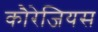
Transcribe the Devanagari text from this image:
कौरेजियस